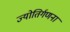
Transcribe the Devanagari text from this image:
ज्योतिर्गणना